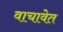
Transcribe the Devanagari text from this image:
वाचावेत